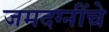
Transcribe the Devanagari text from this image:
जमदग्नींचे